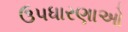
ઉપધારણાઓ